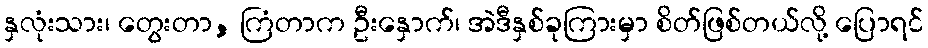
နှလုံးသား၊ တွေးတာ, ကြံတာက ဦးနှောက်၊ အဲဒီနှစ်ခုကြားမှာ စိတ်ဖြစ်တယ်လို့ ပြောရင်